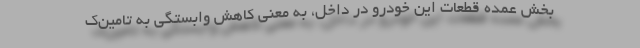
بخش عمده قطعات این خودرو در داخل، به معنی کاهش وابستگی به تامین‌ک